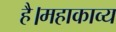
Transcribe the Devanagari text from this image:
है।महाकाव्य